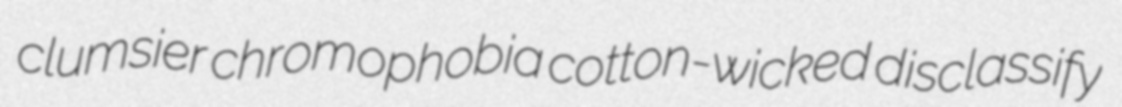
clumsier chromophobia cotton-wicked disclassify